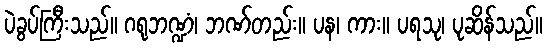
ပဲခွပ်ကြီးသည်။ ဂရုဘဏ္ဍံ၊ ဘဏ်တည်း။ ပန၊ ကား။ ပရသု၊ ပုဆိန်သည်။